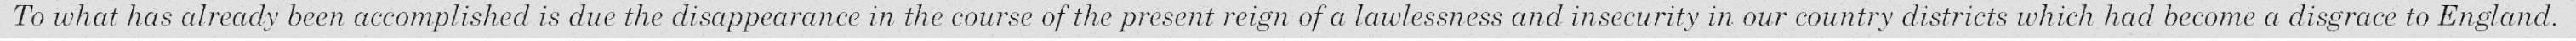
To what has already been accomplished is due the disappearance in the course of the present reign of a lawlessness and insecurity in our country districts which had become a disgrace to England.